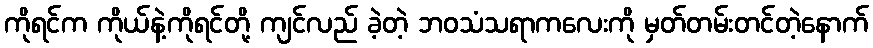
ကိုရင်က ကိုယ်နဲ့ကိုရင်တို့ ကျင်လည် ခဲ့တဲ့ ဘဝသံသရာကလေးကို မှတ်တမ်းတင်တဲ့နောက်